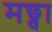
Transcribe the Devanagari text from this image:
मछ्वा